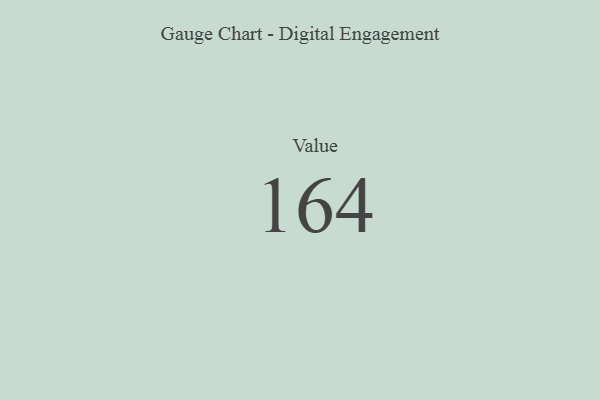
{"axis": {"x": "Metric", "y": "Value"}, "legend": [""], "data": [{"x": "Value", "y": 164, "type": ""}]}